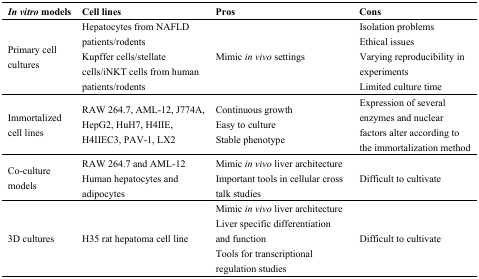
<table><thead><tr><td><b><i>In vitro</i> models</b></td><td><b>Cell lines</b></td><td><b>Pros</b></td><td><b>Cons</b></td></tr></thead><tbody><tr><td>Primary cell cultures</td><td>Hepatocytes from NAFLD patients/rodentsKupffer cells/stellate cells/iNKT cells from human patients/rodents</td><td>Mimic <i>in vivo</i> settings</td><td>Isolation problemsEthical issuesVarying reproducibility in experimentsLimited culture time</td></tr><tr><td>Immortalized cell lines</td><td>RAW 264.7, AML-12, J774A, HepG2, HuH7, H4IIE, H4IIEC3, PAV-1, LX2</td><td>Continuous growthEasy to cultureStable phenotype</td><td>Expression of several enzymes and nuclear factors alter according to the immortalization method</td></tr><tr><td>Co-culture models</td><td>RAW 264.7 and AML-12 Human hepatocytes and adipocytes</td><td>Mimic <i>in vivo</i> liver architectureImportant tools in cellular cross talk studies</td><td>Difficult to cultivate</td></tr><tr><td>3D cultures</td><td>H35 rat hepatoma cell line</td><td>Mimic <i>in vivo</i> liver architectureLiver specific differentiation and functionTools for transcriptional regulation studies</td><td>Difficult to cultivate</td></tr></tbody></table>